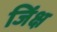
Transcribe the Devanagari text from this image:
जिंक्ष